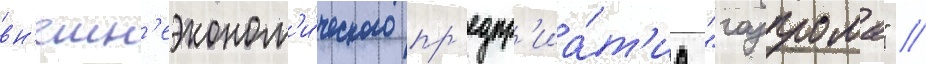
вн'ешн'еэконом'и́ческого пр'едпр'иа́т'иа "газпрома" //